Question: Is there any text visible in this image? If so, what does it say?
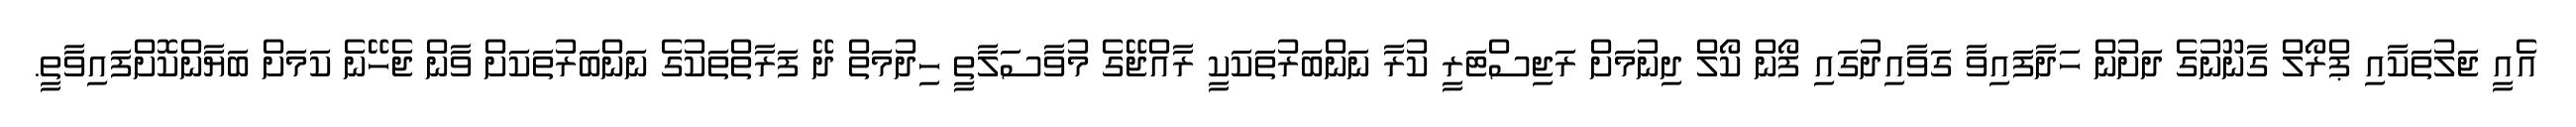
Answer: އެއީ ޖަލުތަކާއި ޕްރޯލް ގާނޫނުގެ ދަށުން ހަދާފައިވާ ގަވާއިދުގައި ފޯން ކޯލް ދިނުމަށް ރަޖިސްޓަރީ ކުރާ ނަންބަރުތަކަކީ ރާއްޖޭގެ މުވާސަލާތީ ހިދުމަތް ދޭ ފަރާތްތަކުގެ ނަންބަރުތަކަށް ވާން ޖެހޭނެ ކަމަށް ބަޔާންކޮށްފައިވާތީ.